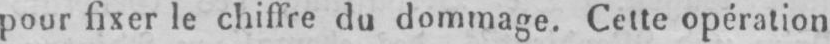
pour fixer le chiffre du dommage. Cette opération